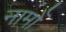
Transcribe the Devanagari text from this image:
नामोँ